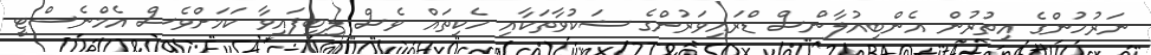
ނަރުހުންގެ އިތުރުން އެންބިއުލާންސް ޑްރައިވަރުންގެ ޝަކުވާތަކާއި ހެކިތައް ވެސް ލިބިފައިވާ ކަމަށްވެސް އެމްނެސްޓީ